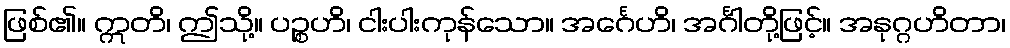
ဖြစ်၏။ ဣတိ၊ ဤသို့။ ပဉ္စဟိ၊ ငါးပါးကုန်သော။ အင်္ဂေဟိ၊ အင်္ဂါတို့ဖြင့်။ အနုဂ္ဂဟိတာ၊